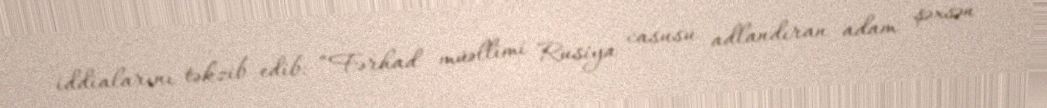
iddialarını təkzib edib: “Fərhad müəllimi Rusiya casusu adlandıran adam şəxsən